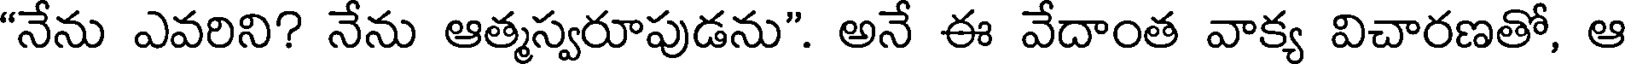
"నేను ఎవరిని? నేను ఆత్మస్వరూపుడను". అనే ఈ వేదాంత వాక్య విచారణతో, ఆ